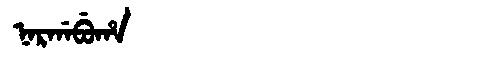
Manchu: ᠨᠠᡵᡤᠠᠪᡠᡥᠠ
Romanization: NARGABUHA